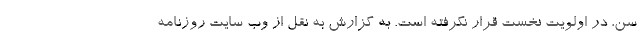
سن، در اولویت نخست قرار نگرفته است. به گزارش به نقل از وب سایت روزنامه